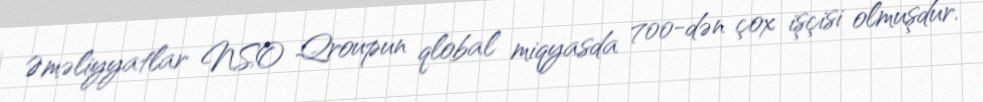
Əməliyyatlar NSO Qroupun qlobal miqyasda 700-dən çox işçisi olmuşdur.